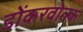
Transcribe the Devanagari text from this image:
डोंकरवोल्क